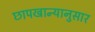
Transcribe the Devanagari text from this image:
छापखान्यानुसार